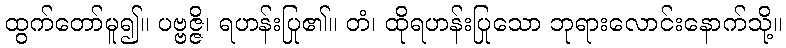
ထွက်တော်မူ၍။ ပဗ္ဗဇ္ဇိ၊ ရဟန်းပြု၏။ တံ၊ ထိုရဟန်းပြုသော ဘုရားလောင်းနောက်သို့။